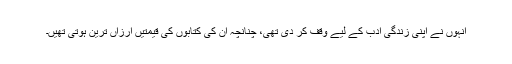
انہوں نے اپنی زندگی ادب کے لیے وقف کر دی تھی، چنانچہ ان کی کتابوں کی قیمتیں ارزاں ترین ہوتی تھیں۔